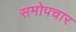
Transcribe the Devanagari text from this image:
समोपचार